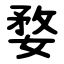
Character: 婺